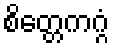
စိတ္တေကဂ္ဂံ